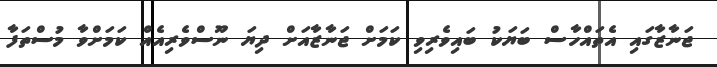
ޖަނާޒާގައި އެތައްހާސް ބަޔަކު ބައިވެރިވި ކަމަށް ޖަނާޒާއަށް ދިޔަ ނޫސްވެރިއެއް ކަމަށްވާ މުސްތަފާ